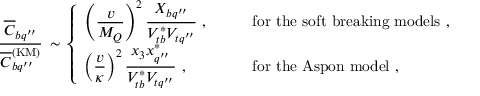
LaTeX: \frac { \overline { { { C } } } _ { b q ^ { \prime \prime } } } { \overline { { { C } } } _ { b q ^ { \prime \prime } } ^ { \mathrm { ( K M ) } } } \, \sim \, \left\{ \begin{array} { l l } { { \displaystyle \left( \frac { v } { M _ { Q } } \right) ^ { 2 } \frac { X _ { b q ^ { \prime \prime } } } { V _ { t b } ^ { \ast } V _ { t q ^ { \prime \prime } } } \ , \qquad } } & { { \mathrm { f o r ~ t h e ~ s o f t ~ b r e a k i n g ~ m o d e l s } \ , } } \\ { { \displaystyle \left( \frac { v } { \kappa } \right) ^ { 2 } \frac { x _ { 3 } x _ { q ^ { \prime \prime } } ^ { \ast } } { V _ { t b } ^ { \ast } V _ { t q ^ { \prime \prime } } } \ , \qquad } } & { { \mathrm { f o r ~ t h e ~ A s p o n ~ m o d e l } \ , } } \end{array} \right.